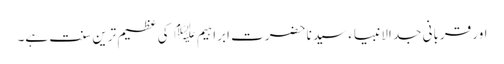
اور قربانی جد الانبیاء سیدنا حضرت ابراہیم ﷤ کی عظیم ترین سنت ہے۔